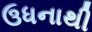
ઉધનાથી